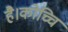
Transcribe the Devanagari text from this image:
है।कोच्चि